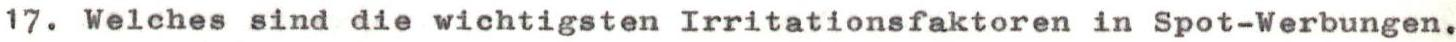
17. Welches sind die wichtigsten Irritationsfaktoren in Spot-Werbungen.